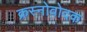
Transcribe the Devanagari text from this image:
क्रस्नोवोदक